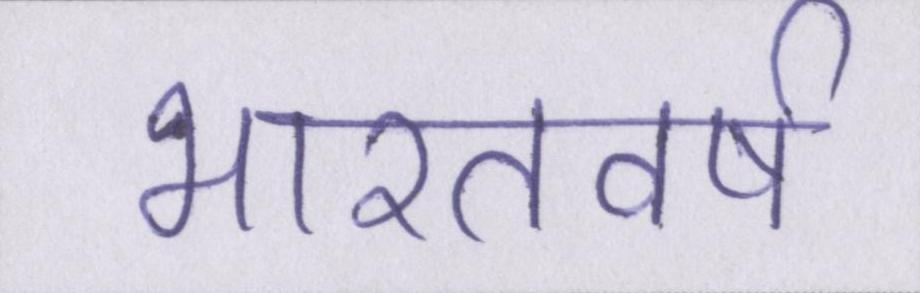
भारतवर्ष